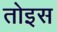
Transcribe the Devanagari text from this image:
तोइस